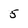
Character: 5